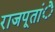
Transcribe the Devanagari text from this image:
राजपूतांे